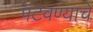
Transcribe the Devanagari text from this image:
पटवण्याचे